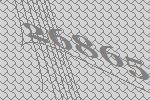
26865